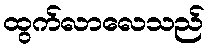
ထွက်လာလေသည်